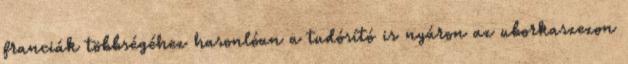
franciák többségéhez hasonlóan a tudósító is nyáron az uborkaszezon